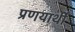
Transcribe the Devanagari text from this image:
प्रणयार्थी